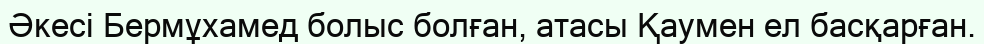
Әкесі Бермұхамед болыс болған, атасы Қаумен ел басқарған.